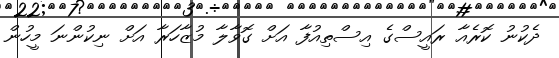
ދެކުނު ކޮރެއާ ރައީސްގެ އިސްތިއުފާ އަށް ގޮވާލާ މުޒާހަރާ އަށް ނިކުންނަ މީހުން